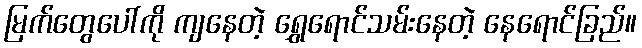
မြက်တွေပေါ်ကို ကျနေတဲ့ ရွှေရောင်သမ်းနေတဲ့ နေရောင်ခြည်။